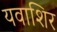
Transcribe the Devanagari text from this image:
यवाशिर